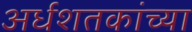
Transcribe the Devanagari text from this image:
अर्धशतकांच्या